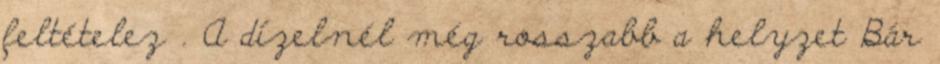
feltételez . A dízelnél még rosszabb a helyzet Bár